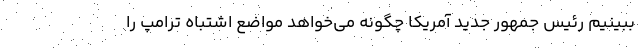
ببینیم رئیس جمهور جدید آمریکا چگونه می‌خواهد مواضع اشتباه ترامپ را